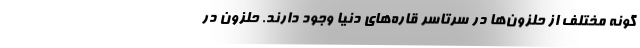
گونه مختلف از حلزون‌ها در سرتاسر قاره‌های دنیا وجود دارند. حلزون در